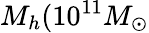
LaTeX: M_{h}(10^{11}M_{\odot}